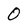
Character: 0